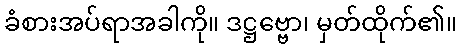
ခံစားအပ်ရာအခါကို။ ဒဋ္ဌဗ္ဗော၊ မှတ်ထိုက်၏။